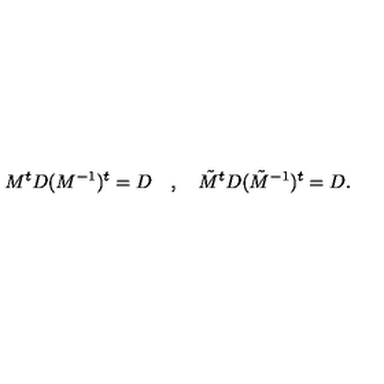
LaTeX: M ^ { t } D ( M ^ { - 1 } ) ^ { t } = D \quad , \quad \tilde { M } ^ { t } D ( \tilde { M } ^ { - 1 } ) ^ { t } = D .